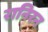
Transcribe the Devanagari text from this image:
रानिरन